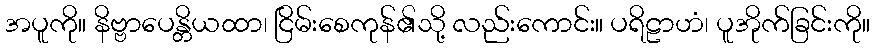
အပူကို။ နိဗ္ဗာပေန္တိယထာ၊ ငြိမ်းစေကုန်၏သို့ လည်းကောင်း။ ပရိဠာဟံ၊ ပူအိုက်ခြင်းကို။